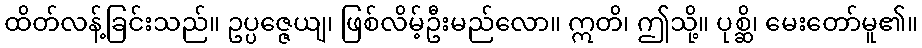
ထိတ်လန့်ခြင်းသည်။ ဥပ္ပဇ္ဇေယျ၊ ဖြစ်လိမ့်ဦးမည်လော။ ဣတိ၊ ဤသို့။ ပုစ္ဆိ၊ မေးတော်မူ၏။